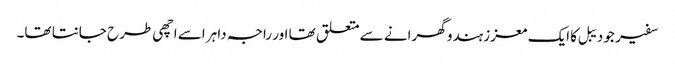
سفیر جو دیبل کا ایک معزز ہندو گھرانے سے متعلق تھا اور راجہ داہر اسے اچھی طرح جانتا تھا۔